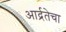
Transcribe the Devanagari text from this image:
आर्द्रतेचा